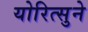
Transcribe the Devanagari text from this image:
योरित्सुने